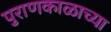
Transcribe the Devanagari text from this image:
पुराणकाळाच्या